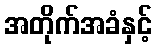
အတိုက်အခံနှင့်